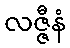
လဇ္ဇီနံ